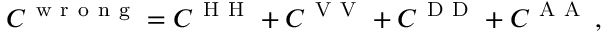
C ^ { \mathrm { ~ w ~ r ~ o ~ n ~ g ~ } } = C ^ { \mathrm { ~ H ~ H ~ } } + C ^ { \mathrm { ~ V ~ V ~ } } + C ^ { \mathrm { ~ D ~ D ~ } } + C ^ { \mathrm { ~ A ~ A ~ } } \, ,